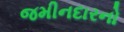
જમીનદારનો